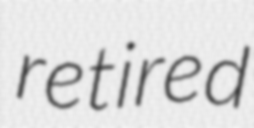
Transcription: retired